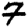
Digit: 7